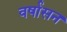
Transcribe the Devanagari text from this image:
वर्षासन